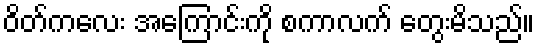
ဝိတ်ကလေး အကြောင်းကို စကာလက် တွေးမိသည်။